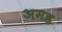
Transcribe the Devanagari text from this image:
अमह